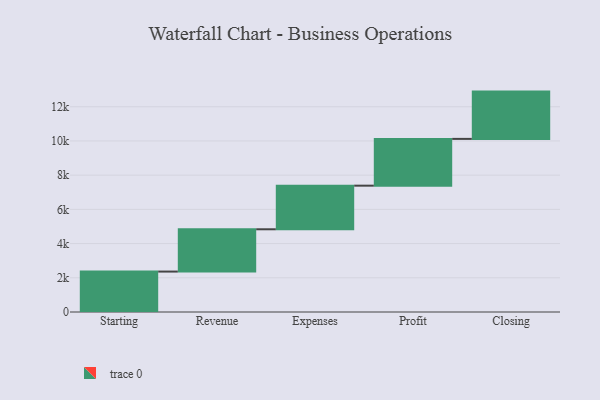
{"axis": {"x": "Step", "y": "Value"}, "legend": [""], "data": [{"x": "Starting", "y": 2364.0, "type": ""}, {"x": "Revenue", "y": 2473.0, "type": ""}, {"x": "Expenses", "y": 2550.0, "type": ""}, {"x": "Profit", "y": 2735.0, "type": ""}, {"x": "Closing", "y": 2765.0, "type": ""}]}